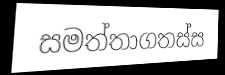
සමත්තාගතස්ස